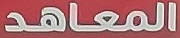
المعاهد